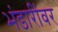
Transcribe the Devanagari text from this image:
भंडारींवर